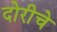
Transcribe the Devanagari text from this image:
दोरीचे